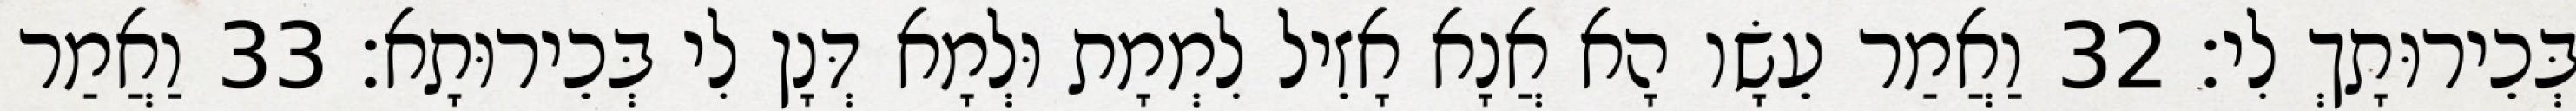
בְּכֵירוּתָךְ לִי׃ 32 וַאֲמַר עֵשָׂו הָא אֲנָא אָזֵיל לִמְמָת וּלְמָא דְּנָן לִי בְּכֵירוּתָא׃ 33 וַאֲמַר